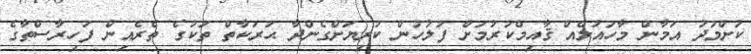
ކުށްމަދު އަމާން މާހައުލެއް ޤާއިމްކުރުމަށް ފުލުހުން ކުރިޔަށްގެންދާ ޙަރަކާތް ތަކުގެ ތެރެއިން ފަހިރާސްތާގެ